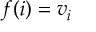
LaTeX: f ( i ) = v _ { i }